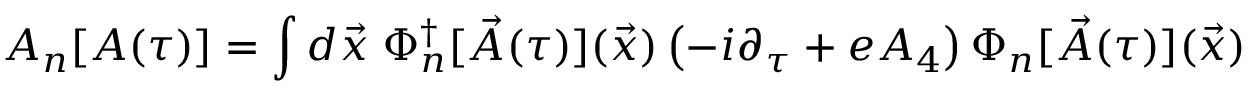
{ \cal A } _ { n } [ A ( \tau ) ] = \int d { \vec { x } } \; \Phi _ { n } ^ { \dagger } [ { \vec { A } } ( \tau ) ] ( { \vec { x } } ) \left( - i \partial _ { \tau } + e A _ { 4 } \right) \Phi _ { n } [ { \vec { A } } ( \tau ) ] ( { \vec { x } } )